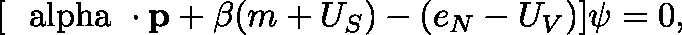
[ { \mathrm { ~ \boldmath { \ a l p h a } ~ } } \cdot { \bf p } + \beta ( m + U _ { S } ) - ( e _ { N } - U _ { V } ) ] \psi = 0 ,